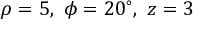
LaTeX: \rho = 5 , \ \phi = 2 0 ^ { \circ } , \ z = 3